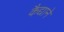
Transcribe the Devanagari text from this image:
कैद्याने